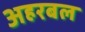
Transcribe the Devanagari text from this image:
अहरबल